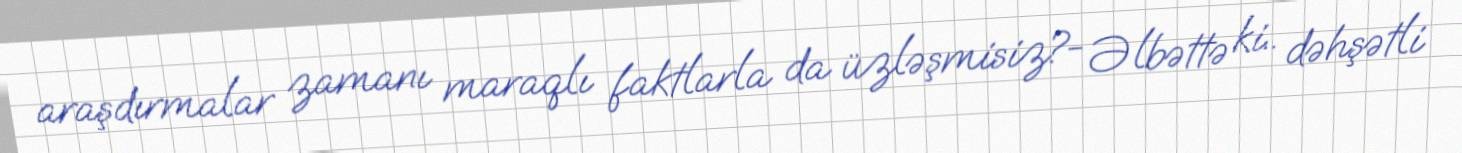
araşdırmalar zamanı maraqlı faktlarla da üzləşmisiz?- Əlbəttə ki.. dəhşətli